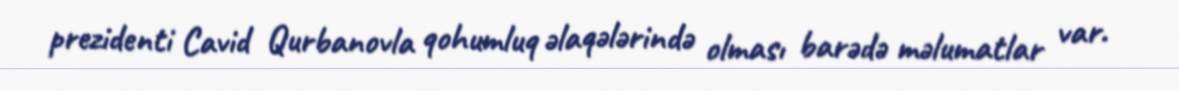
prezidenti Cavid Qurbanovla qohumluq əlaqələrində olması barədə məlumatlar var.